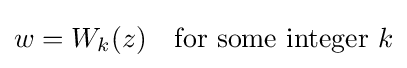
w=W_{k}(z)\ \ {\text{ for some integer }}k